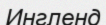
Ингленд